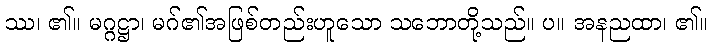
ဿ၊ ၏။ မဂ္ဂဋ္ဌာ၊ မဂ်၏အဖြစ်တည်းဟူသော သဘောတို့သည်။ ပ။ အနညထာ၊ ၏။